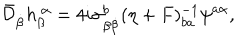
\bar { \cal D } _ { \dot { \beta } } h _ { \beta } ^ { ~ \alpha } = 4 i \sigma _ { \beta { \dot { \beta } } } ^ { b } ( \eta + F ) _ { b a } ^ { - 1 } \psi ^ { a \alpha } ,